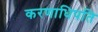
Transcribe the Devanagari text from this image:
करणाधिपति